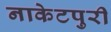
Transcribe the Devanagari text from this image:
नाकेटपुरी